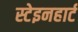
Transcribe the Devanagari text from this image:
स्टेइनहार्ट